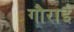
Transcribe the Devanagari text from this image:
गौराई